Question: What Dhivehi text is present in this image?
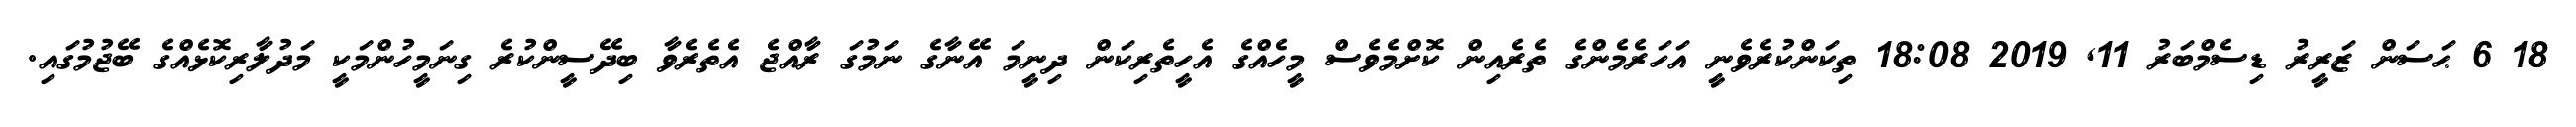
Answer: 18 6 ޙަސަން ޒަރީރު ޑިސެމްބަރު 11, 2019 18:08 ތިކަންކުރެވެނީ އަހަރެމެންގެ ތެރެއިން ކޮށްމެވެސް މީހެއްގެ އެހީތެރިކަން ދިނީމަ އޭނާގެ ނަމުގަ ރާއްޖެ އެތެރެވާ ބިދޭސީންކުރެ ގިނަމީހުންމަކީ މަދުލާރިކޮޅެއްގެ ބޭޖުމުގައި.